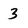
Character: 3